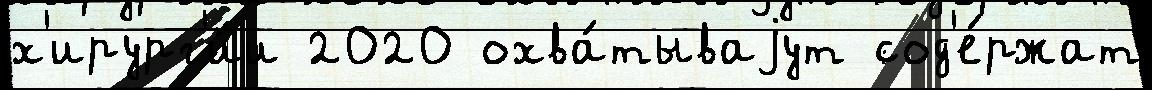
х'ирург'и́и 2020 охва́тываjут сод'е́ржат